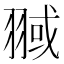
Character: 𦑌